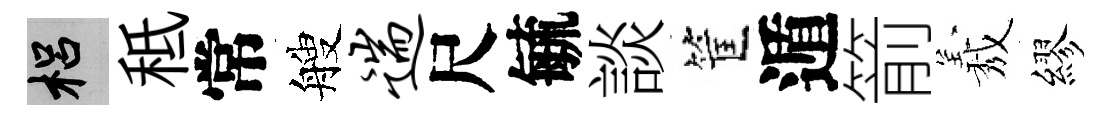
梠秪常艘遄尺毓談筐遁箭𦏁繆